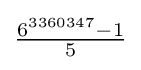
{\tfrac {6^{3360347}-1}{5}}